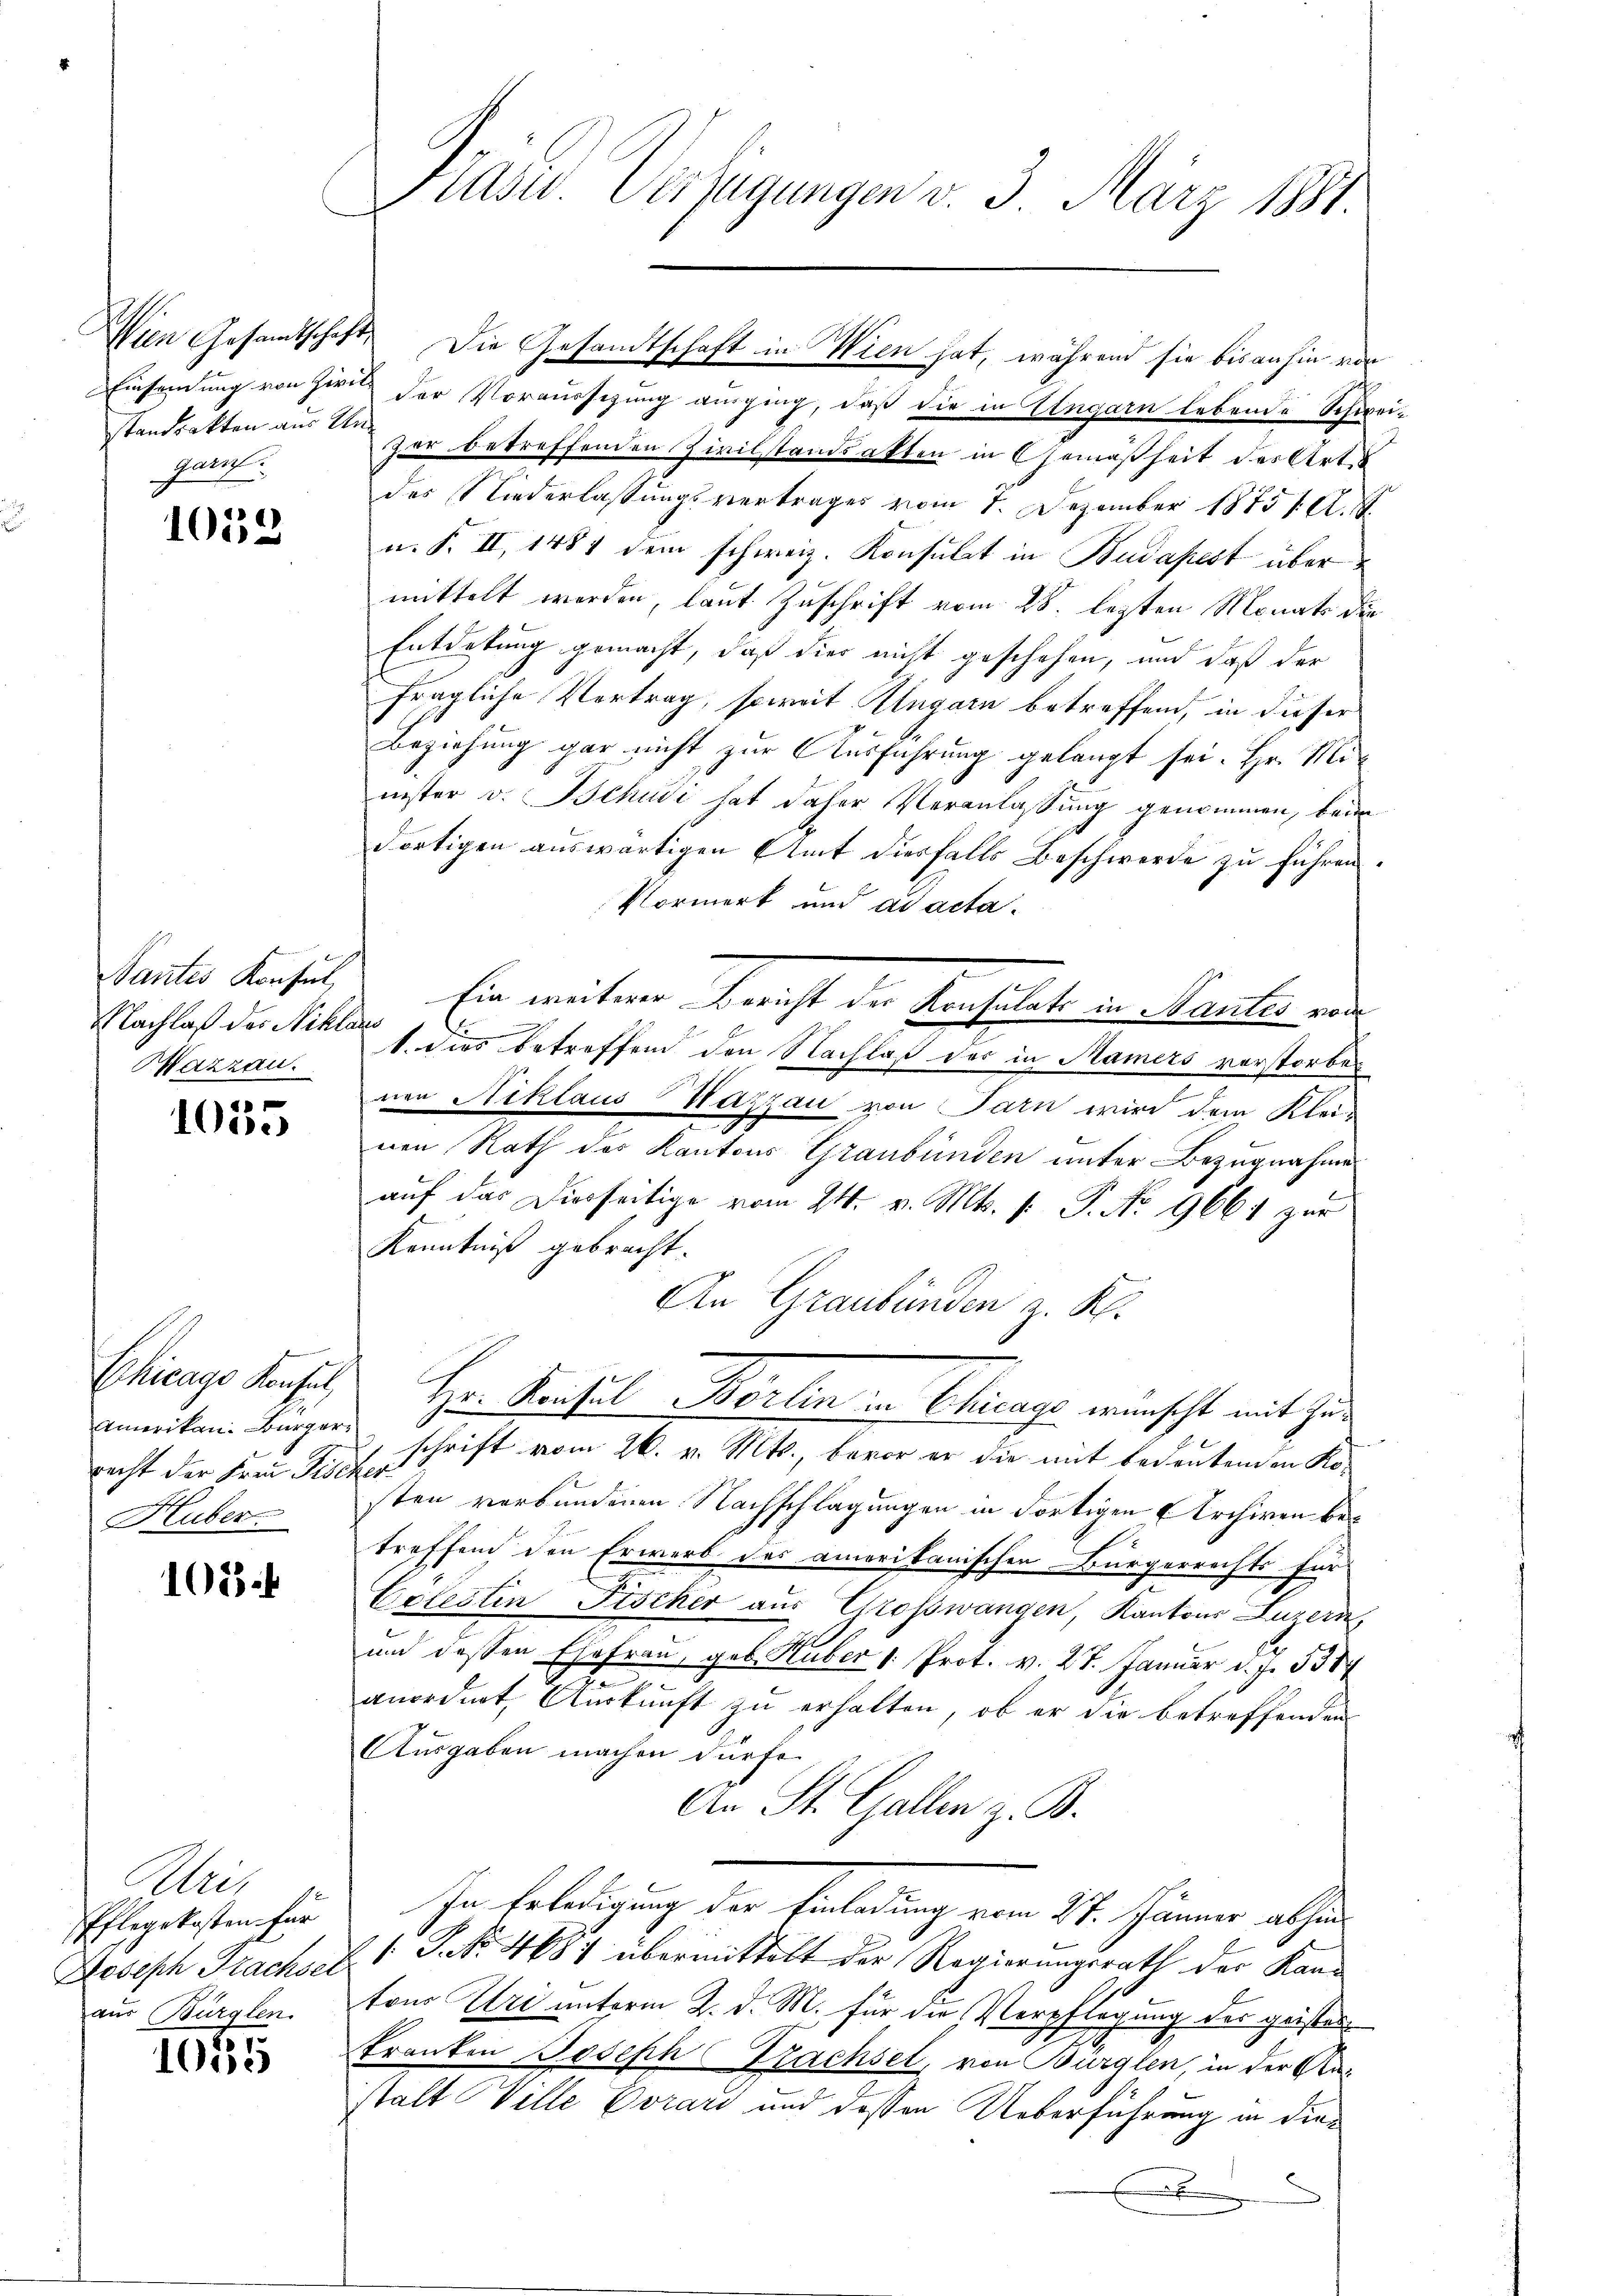
Standsakten aus Un¬
Haruf.

1058

Nachlaß der Niklaus
Hazzau.

4
100

Chicago Konsul
Amerikan. Bürgerrecht der Frau Tischer

105

Uri,
Pflegekosten für
aus Bürglen.

1035

Präsid. Verfügungen v. 3. März 1881.

Einsamung von zwei der Vorausschung ausging, daß die in Ungarn lebende Schwei-
zer betreffenden Zivilstandsakten in Gemäßheit des Art.
des Niederlassungsvertrages vom 1. Dezember 18751. A. S.
u. F. II, 1481 dem schweiz. Konsulat in Budapest übermittelt werden, laut Zuschrift vom 28. lezten Monats die
Entdesung gemacht, daß dies nicht geschehen, und daß der
fragliche Vertrag, soweit Ungarn betreffend, in dieser
Beziehung gar nicht zur Ausführung gelangt sei. Hr. Minister v. Schudi hat daher Veranlassung genommen, beim
dortigen auswärtigen Amt diesfalls Beschwerde zu führen.
Vormerk und ad acta.
Santes Konsul Ein weiteren Bericht der Konsulat in Manter erde
1. dies betreffend den Nachlaß des in Mamers verstorbenen Niklaus Wazzau von Parn wird dem Kleinen Rath des Kantons Graubünden unter Bezugnahme
auf das Diesseitige vom 24. v. Mts. v. P. No 9661 zur
Kenntniß gebracht.
An Graubünden z. K.
Hr. Konsul Berlin in Chicago wünscht mit Zus
schrift vom 26. v. Mts., bevor er die mit bedeutenden Ko-
Huber sten verbundenen Nachschlagungen in Fortigen Archiven betreffend den Erwerb des amerikanischen Bürgerrechts für
c
Colestin Fischer aus Grosswangen, Kantons Luzern,
und dessen Ehefrau, geb. Huber 1. Prot. v. 27. Januar d. J. 1384
anordnet, Auskunft zu erhalten, ob er die betreffenden
Ausgaben machen dürfe.
An St. Gallen z. B.
In Erledigung der Einladung vom 21. Jänner absen
Joseph Trachsel 1 S. No. 4687 übermittelt der Regierungsrath der Kantons Uri unterm 2. d. M. für die Verpflegung des geistes
kranken Joseph Trachsel, von Bürglen, in der Anstalt Ville Corari und dessen Ueberführung in diex

Wien Gesamtschaft. Die Gesandtschaft in Wien hat, während sie bisanhin vor